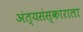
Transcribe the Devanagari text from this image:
अंत्यसंस्काराला